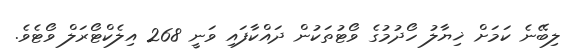
ލިބޭނެ ކަމަށް ޚިޔާލު ހޯދުމުގެ ވޯޓުތަކުން ދައްކާފައި ވަނީ 268 އިލެކްޓޯރަލް ވޯޓެވެ.